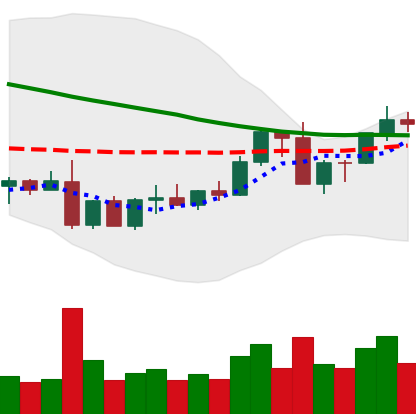
Ticker: ADA-USD
Chart end date: 2022-09-11
Forward return: -6.989%
Label: down_5_7